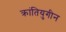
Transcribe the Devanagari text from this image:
क्रांतियुगीन